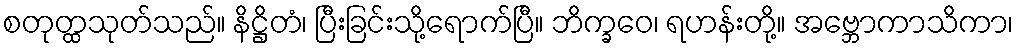
စတုတ္ထသုတ်သည်။ နိဋ္ဌိတံ၊ ပြီးခြင်းသို့ရောက်ပြီ။ ဘိက္ခဝေ၊ ရဟန်းတို့။ အဗ္ဘောကာသိကာ၊